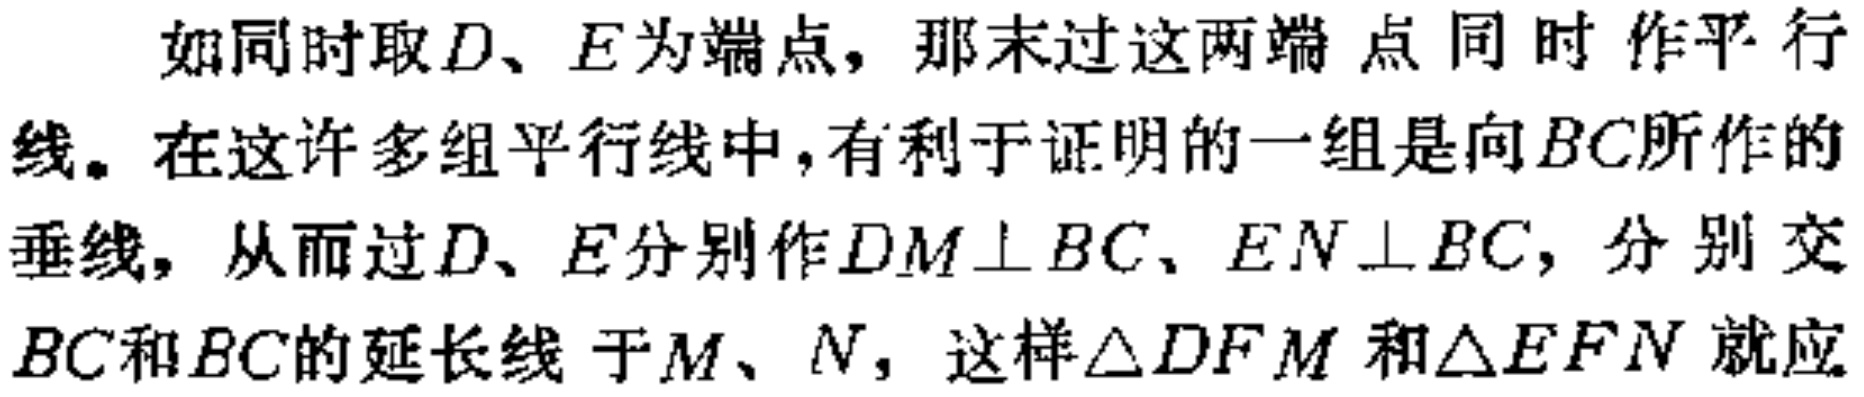
如同时取\(D\)、\(E\)为端点，那末过这两端点同时作平行线。在这许多组平行线中，有利于证明的一组是向\(BC\)所作的垂线，从而过\(D\)、\(E\)分别作\(DM\perp BC\)、\(EN\perp BC\)，分别交\(BC\)和\(BC\)的延长线于\(M\)、\(N\)，这样\(\triangle DFM\)和\(\triangle EFN\)就应